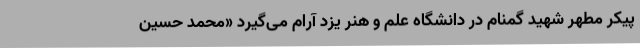
پیکر مطهر شهید گمنام در دانشگاه علم و هنر یزد آرام می‌گیرد «محمد حسین